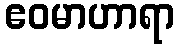
ဧဝမာဟာရာ